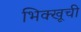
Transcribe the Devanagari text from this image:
भिक्खूची